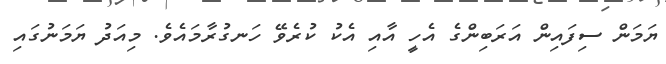
ޔަމަން ސިފައިން އަރަބިންގެ އެހީ އާއި އެކު ކުރެވޭ ހަނގުރާމައެވެ. މިއަދު ޔަމަނުގައި